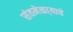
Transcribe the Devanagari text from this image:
संतमेळा्याचे